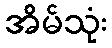
အိမ်သုံး